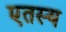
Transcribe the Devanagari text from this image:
एतस्य